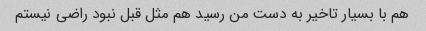
هم با بسیار تاخیر به دست من رسید هم مثل قبل نبود راضی نیستم